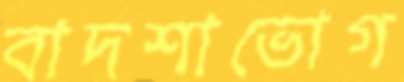
বাদশাভোগ